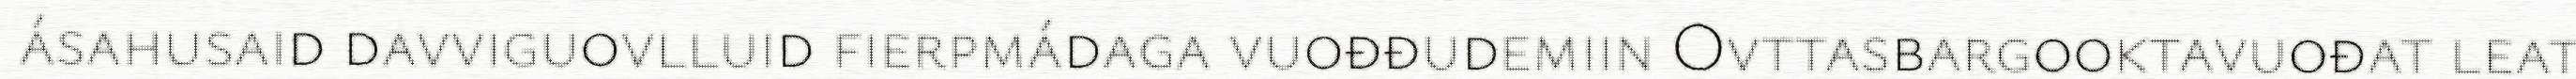
ásahusaid davviguovlluid fierpmádaga vuođđudemiin Ovttasbargooktavuođat leat